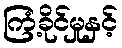
ကြံ့ခိုင်မှုနှင့်